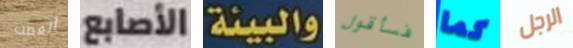
العصب الأصابع والبيئة فسأقول كما الرجل